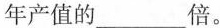
年产值的___倍。